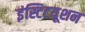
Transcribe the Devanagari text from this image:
इंस्टिटयूशन